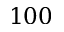
1 0 0